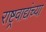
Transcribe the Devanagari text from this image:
राष्ट्रवाद्यंच्या